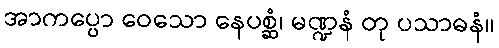
အာကပ္ပော ဝေသော နေပစ္ဆံ၊ မဏ္ဍနံ တု ပသာဓနံ။